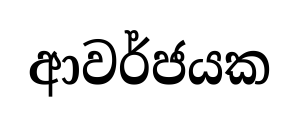
ආවර්ජයක